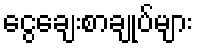
ငွေချေးစာချုပ်များ